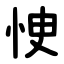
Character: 㤤